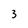
Character: 3